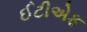
ઈટીએફ